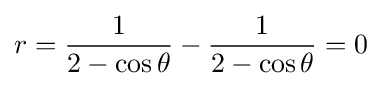
r={\frac {1}{2-\cos \theta }}-{\frac {1}{2-\cos \theta }}=0